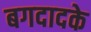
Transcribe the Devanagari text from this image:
बगदादके